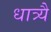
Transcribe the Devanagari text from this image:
धात्र्यै